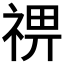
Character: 𥚈